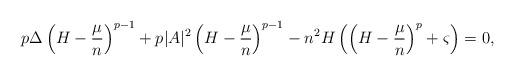
LaTeX: \begin{align*}p\Delta\left(H-\frac{\mu}{n}\right)^{p-1}+p\lvert A\rvert^2\left(H-\frac{\mu}{n}\right)^{p-1}-n^2 H \left(\left(H-\frac{\mu}{n}\right)^p+\varsigma\right)=0,\end{align*}